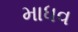
માધવ